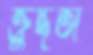
ক্রুদ্ধতা